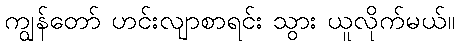
ကျွန်တော် ဟင်းလျာစာရင်း သွား ယူလိုက်မယ်။